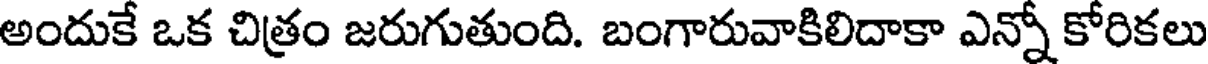
అందుకే ఒక చిత్రం జరుగుతుంది. బంగారువాకిలిదాకా ఎన్నో కోరికలు